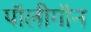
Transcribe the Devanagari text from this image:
पॉलीगॉन